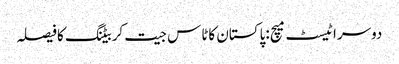
دوسراٹیسٹ میچ :پاکستان کاٹاس جیت کربیٹنگ کافیصلہ